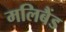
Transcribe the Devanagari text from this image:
मलिबैंड